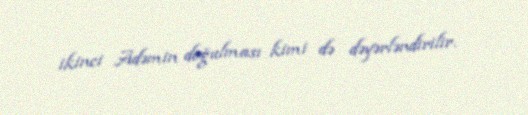
ikinci Adəmin doğulması kimi də dəyərləndirilir.